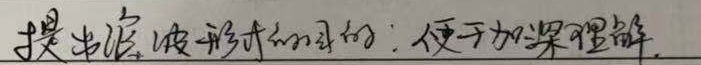
提出波的形式的目的：便于加深理解。